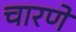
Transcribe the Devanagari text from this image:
चारणे